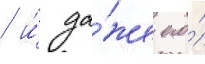
/ и́ да́же его́